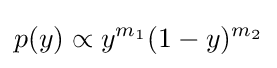
p(y)\propto y^{m_{1}}(1-y)^{m_{2}}